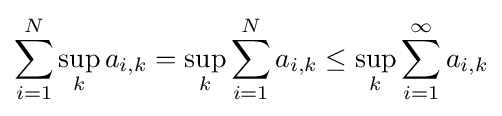
\sum _{i=1}^{N}\sup _{k}a_{i,k}=\sup _{k}\sum _{i=1}^{N}a_{i,k}\leq \sup _{k}\sum _{i=1}^{\infty }a_{i,k}